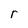
Character: r